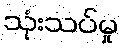
သုံးသပ်မှု